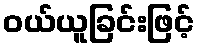
ဝယ်ယူခြင်းဖြင့်